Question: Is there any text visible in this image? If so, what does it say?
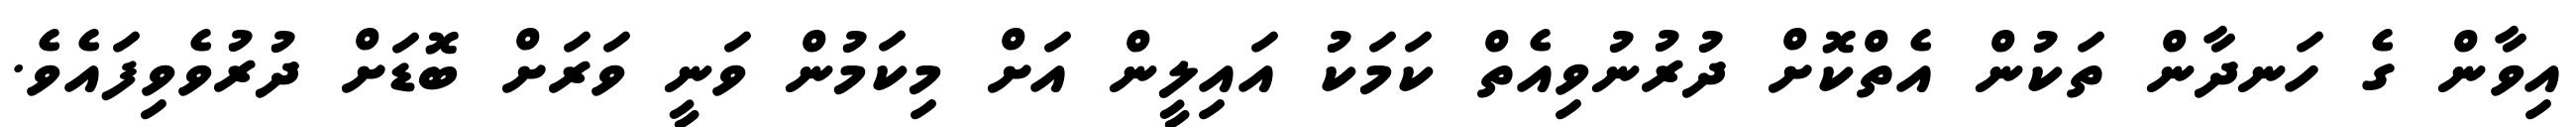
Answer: އިވާން ގެ ހަނދާން ތަކުން އެތްކޮށް ދުރުނުވިއެތް ކަމަކު އައިލީން އަށް މިކަމުން ވަނީ ވަރަށް ބޮޑަށް ދުރުވެވިފައެވެ.